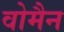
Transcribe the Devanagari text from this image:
वोमैन